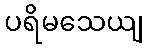
ပရိမသေယျ